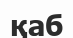
қаб